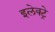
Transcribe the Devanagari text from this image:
इलेक्ट्रे